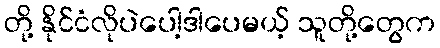
တို့ နိုင်ငံလိုပဲပေါ့ဒါပေမယ့် သူတို့တွေက